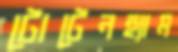
টোটেনহ্যাম